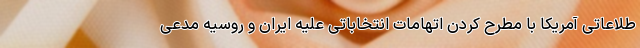
طلاعاتی آمریکا با مطرح کردن اتهامات انتخاباتی علیه ایران و روسیه مدعی